Report of the Bombay Plague Committee
Disease focus: Plague
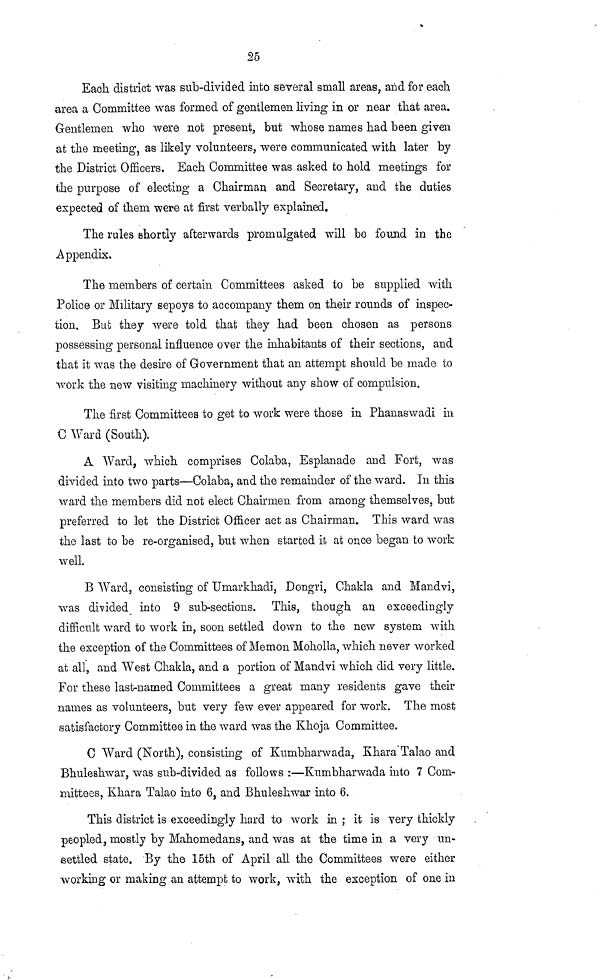
25
Each, district was sub-divided into several small areas, and for each
area a Committee was formed of gentlemen living in or near that area.
Gentlemen who were not present, but whose names had been given
at the meeting, as likely volunteers, were communicated with later by
the District Officers. Each Committee was asked to hold meetings for
the purpose of electing a Chairman and Secretary, and the duties
expected of them were at first verbally explained.
The rules shortly afterwards promulgated will be found in the
Appendix.
The members of certain Committees asked to be supplied with
Police or Military sepoys to accompany them on their rounds of inspec-
tion. But they were told that they had been chosen as persons
possessing personal influence over the inhabitants of their sections, and
that it was the desire of Government that an attempt should be made to
work the new visiting machinery without any show of compulsion.
The first Committees to get to work were those in Phanaswadi in
C Ward (South).
A Ward, which comprises Colaba, Esplanade and Fort, was
divided into two parts—Colaba, and the remainder of the ward. In this
ward the members did not elect Chairmen from among themselves, but
preferred to let the District Officer act as Chairman. This ward was
the last to be re-organised, but when started it at once began to work
well.
B Ward, consisting of Umarkhadi, Dongri, Ghakla and Mandvi,
was divided into 9 sub-sections. This, though an exceedingly
difficult ward to work in, soon settled down to the new system with
the exception of the Committees of Memon Moholla, which never worked
at all, and West Chakla, and a portion of Mandvi which did very little.
For these last-named Committees a great many residents gave their
names as volunteers, but very few ever appeared for work. The most
satisfactory Committee in the ward was the Khoja Committee.
C Ward (North), consisting of Kumbharwada, Khara Talao and
Bhuleshwar, was sub-divided as follows :—Kumbharwada into 7 Com-
mittees, Khara Talao into 6, and Bhuleshwar into 6.
This district is exceedingly hard to work in ; it is very thickly
peopled, mostly by Mahomedans, and was at the time in a very un-
settled state. By the 15th of April all the Committees were either
working or making an attempt to work, with the exception of one in